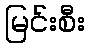
မြင်းစီး